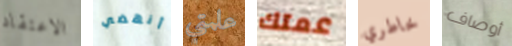
الاعتقاد أنهضي علمتي عمتك خاطري أوصاف